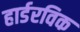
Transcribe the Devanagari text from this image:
हार्डरविक